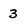
Character: 3